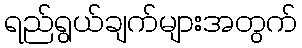
ရည်ရွယ်ချက်များအတွက်